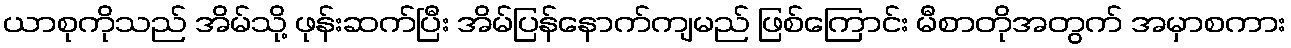
ယာစုကိုသည် အိမ်သို့ ဖုန်းဆက်ပြီး အိမ်ပြန်နောက်ကျမည် ဖြစ်ကြောင်း မီစာတိုအတွက် အမှာစကား